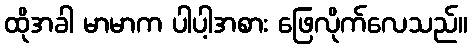
ထိုအခါ မာမာက ပါပါ့အစား ဖြေလိုက်လေသည်။